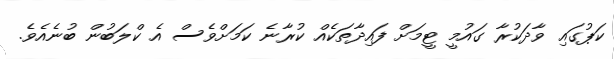
ކަޕުގައި ވާދަކުރާ ގައުމީ ޓީމަށް ފައިދާތަކެއް ކުރާނެ ކަމަށްވެސް އެ ކްލަބުން ބުނެއެވެ.